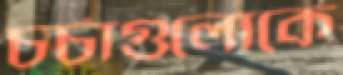
চর্চাগুলোকে